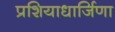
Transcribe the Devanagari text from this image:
प्रशियाधार्जिणा